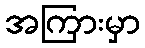
အကြားမှာ